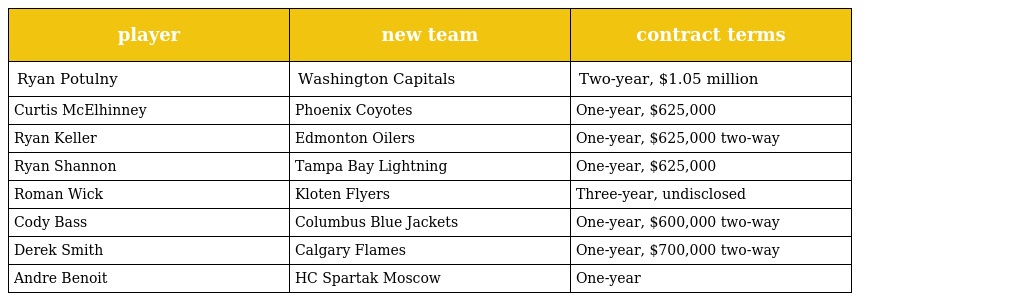
| player | new team | contract terms |
 | --- | --- | --- |
 | Ryan Potulny | Washington Capitals | Two-year, $1.05 million |
 | Curtis McElhinney | Phoenix Coyotes | One-year, $625,000 |
 | Ryan Keller | Edmonton Oilers | One-year, $625,000 two-way |
 | Ryan Shannon | Tampa Bay Lightning | One-year, $625,000 |
 | Roman Wick | Kloten Flyers | Three-year, undisclosed |
 | Cody Bass | Columbus Blue Jackets | One-year, $600,000 two-way |
 | Derek Smith | Calgary Flames | One-year, $700,000 two-way |
 | Andre Benoit | HC Spartak Moscow | One-year |